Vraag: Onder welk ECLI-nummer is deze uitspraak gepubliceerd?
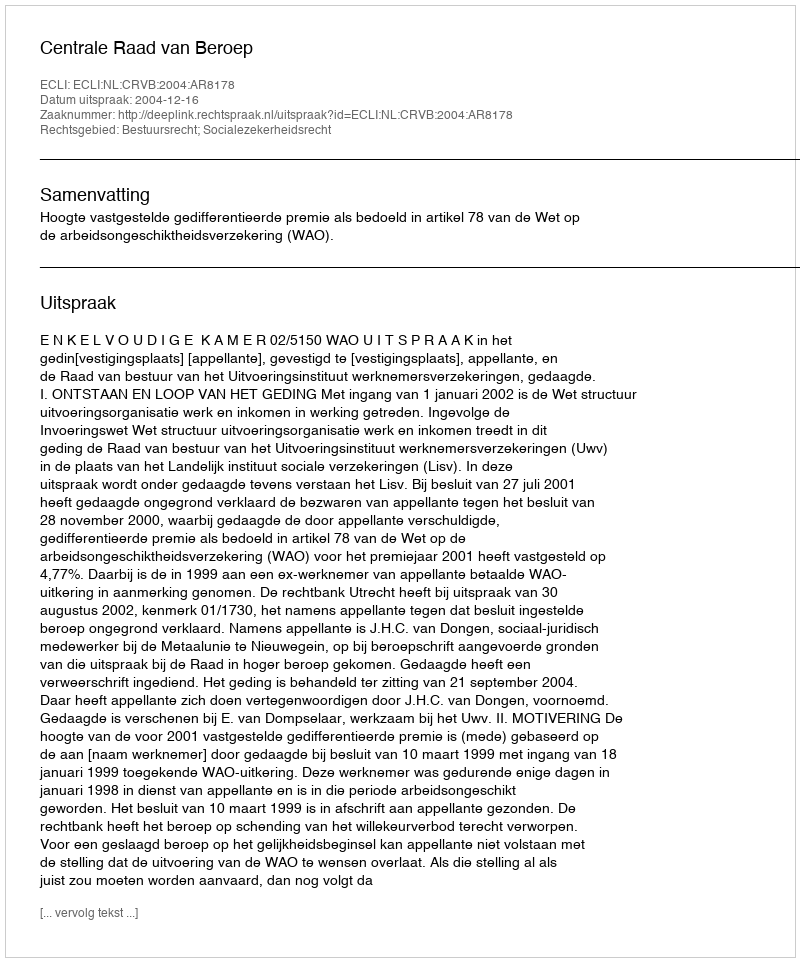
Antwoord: ECLI:NL:CRVB:2004:AR8178